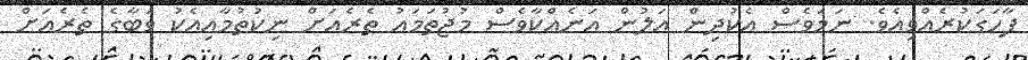
ފާހަގަކުރެއްވިއެވެ. ނަމަވެސް އެކުދިން އަލުން އަނެއްކާވެސް މުޖުތަމައު ތެރެއަށް ނިކުތުމާއިއެކު ވަބާގެ ތެރެެއަށް